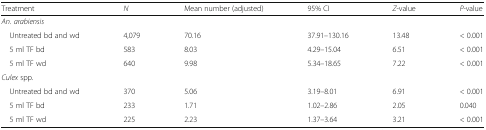
| Treatment | N | Mean number (adjusted) | 95% CI | Z-value | P-value |
 | --- | --- | --- | --- | --- | --- |
 | <COLSPAN=6> An. arabiensis |
 | Untreated bd and wd | 4,079 | 70.16 | 37.91–130.16 | 13.48 | < 0.001 |
 | 5 ml TF bd | 583 | 8.03 | 4.29–15.04 | 6.51 | < 0.001 |
 | 5 ml TF wd | 640 | 9.98 | 5.34–18.65 | 7.22 | < 0.001 |
 | <COLSPAN=6> Culex spp. |
 | Untreated bd and wd | 370 | 5.06 | 3.19–8.01 | 6.91 | < 0.001 |
 | 5 ml TF bd | 233 | 1.71 | 1.02–2.86 | 2.05 | 0.040 |
 | 5 ml TF wd | 225 | 2.23 | 1.37–3.64 | 3.21 | < 0.001 |